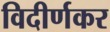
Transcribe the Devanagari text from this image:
विदीर्णकर